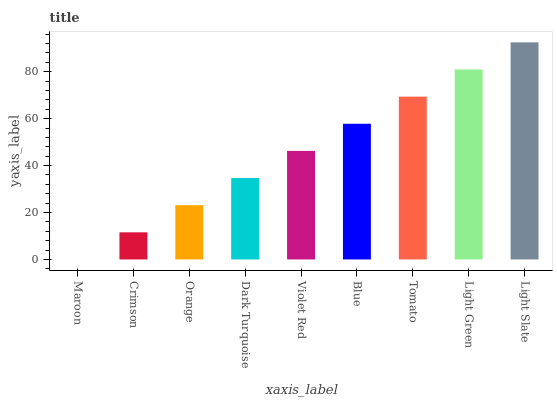
| xaxis_label | bars |
 | --- | --- |
 | Maroon | 0 |
 | Crimson | 11.6 |
 | Orange | 23.1 |
 | Dark Turquoise | 34.7 |
 | Violet Red | 46.3 |
 | Blue | 57.8 |
 | Tomato | 69.4 |
 | Light Green | 81 |
 | Light Slate | 92.5 |